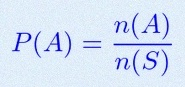
P(A)=\frac{n(A)}{n(S)}